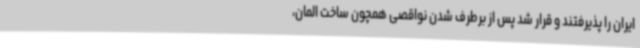
ایران را پذیرفتند و قرار شد پس از برطرف شدن نواقصی همچون ساخت المان،